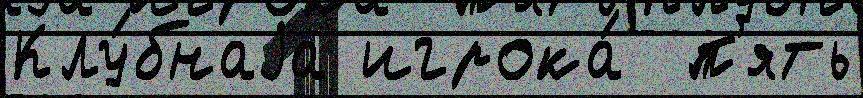
Клу́бнаjа игрока́  п'ять